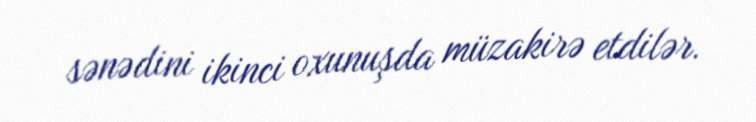
sənədini ikinci oxunuşda müzakirə etdilər.